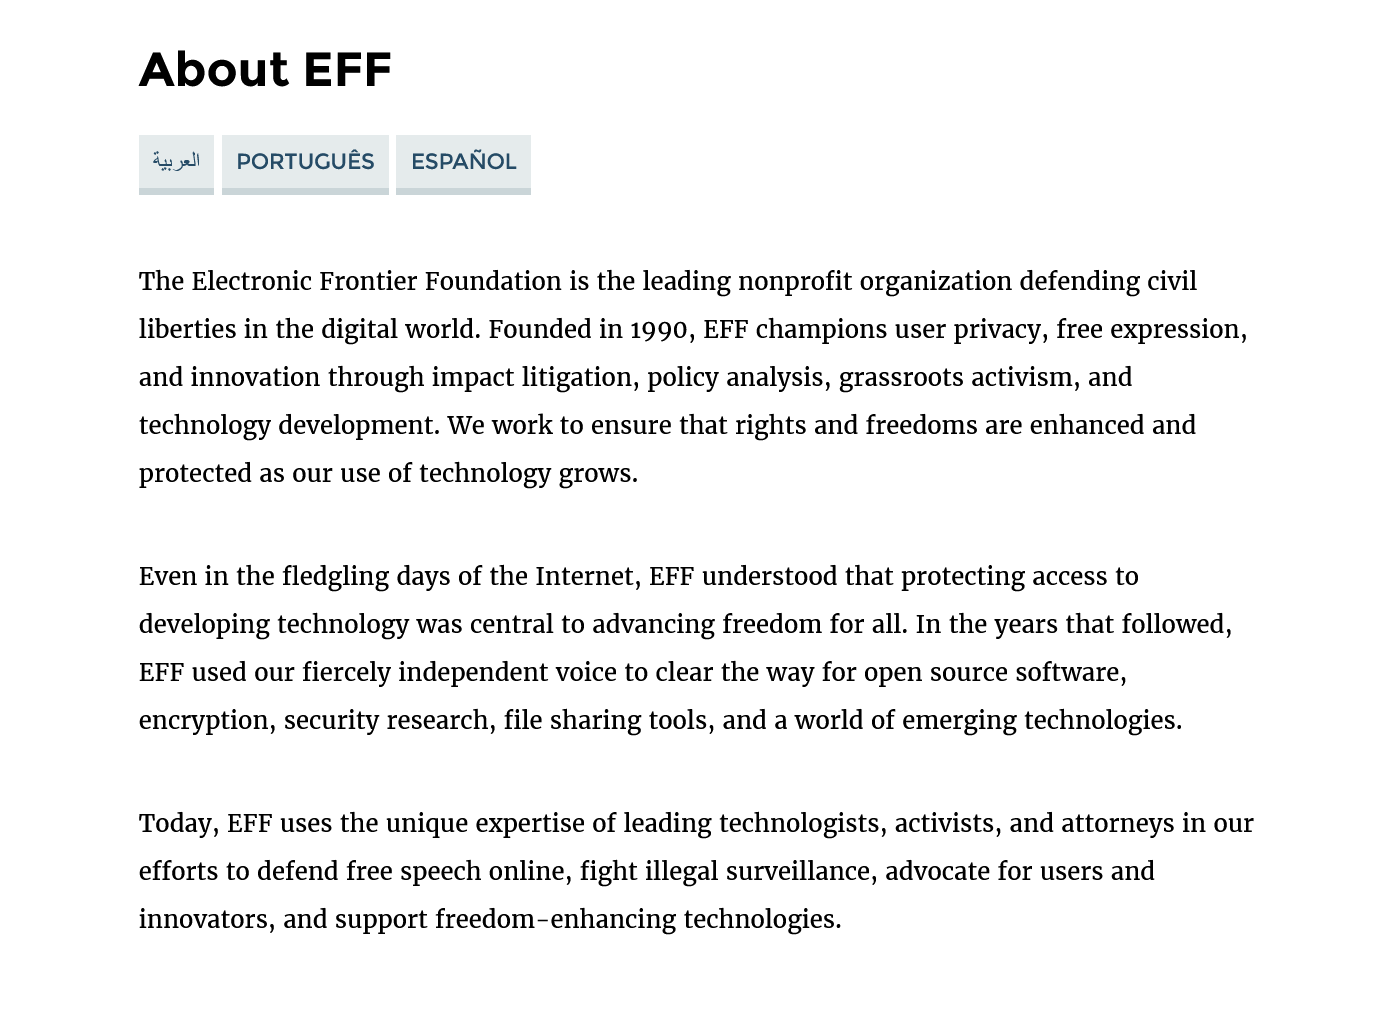
About    EFF
     The Electronic Frontier Foundation is the leading nonprofit organization defending civil
     liberties in the digital world. Founded in 1990, EFF champions user privacy, free expression,
     and innovation through impact litigation, policy analysis, grassroots activism, and
     technology development. We work to ensure that rights and freedoms are enhanced and
     protected as our use of technology grows.
     Even in the fledgling days of the Internet, EFF understood that protecting access to
     developing technology was central to advancing freedom for all. In the years that followed,
     EFF used our fiercely independent voice to clear the way for open source software,
     encryption, security research, file sharing tools, and a world of emerging technologies.
     Today, EFF uses the unique expertise of leading technologists, activists, and attorneys in our
     efforts to defend free speech online, fight illegal surveillance, advocate for users and
     innovators, and support freedom-enhancing technologies.
     Ay yall PORTUGUES  ESPANOL